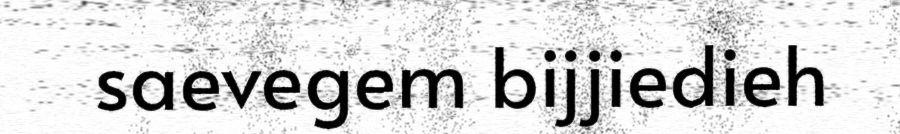
saevegem bijjiedieh